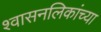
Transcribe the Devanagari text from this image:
श्वासनलिकांच्या